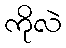
ကိုလဲ